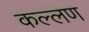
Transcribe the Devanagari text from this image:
कल्लण